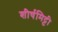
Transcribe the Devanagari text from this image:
शीर्षमिट्टी